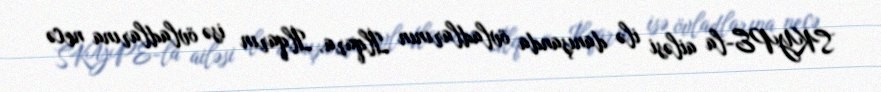
SKYPE-la ailəsi ilə danışanda övladlarının İlqara, İlqarın isə övladlarına necə